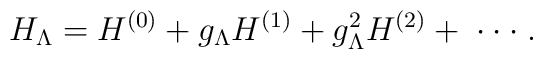
H_\Lambda = H^{(0)} + g_\Lambda H^{(1)} + g^2_\Lambda H^{(2)} +\;\cdot \cdot \cdot \;.